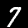
Digit: 7